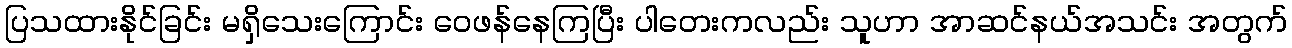
ပြသထားနိုင်ခြင်း မရှိသေးကြောင်း ဝေဖန်နေကြပြီး ပါတေးကလည်း သူဟာ အာဆင်နယ်အသင်း အတွက်